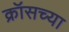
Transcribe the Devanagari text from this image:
क्रॉसच्या